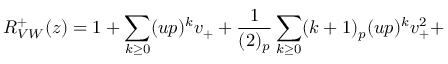
R _ { V W } ^ { + } ( z ) = 1 + \sum _ { k \geq 0 } ( u p ) ^ { k } v _ { + } + \frac { 1 } { ( 2 ) _ { p } } \sum _ { k \geq 0 } ( k + 1 ) _ { p } ( u p ) ^ { k } v _ { + } ^ { 2 } +